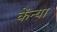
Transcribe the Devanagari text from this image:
केंन्या